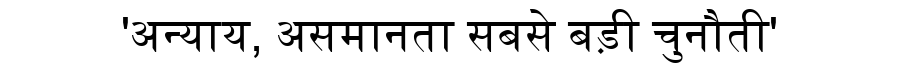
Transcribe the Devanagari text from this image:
'अन्याय, असमानता सबसे बड़ी चुनौती'